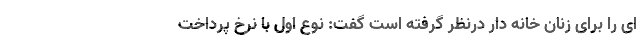
ای را برای زنان خانه دار درنظر گرفته است گفت: نوع اول با نرخ پرداخت